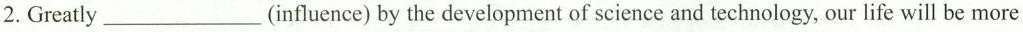
2. Greatly ___ (influence) by the development of science and technology, our life will be more